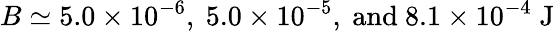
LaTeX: B\simeq 5.0\times 10^{-6},\ 5.0\times 10^{-5},\ \mathrm{{and}\ 8.1\times 10^{-4}\; \mathrm{{J}}}